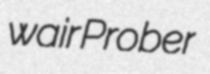
wair Prober